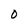
Character: 0